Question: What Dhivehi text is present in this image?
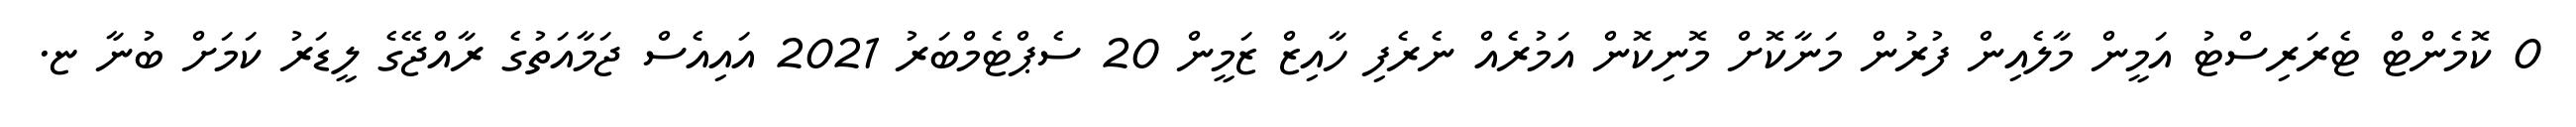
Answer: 0 ކޮމެންޓް ޓެރަރިސްޓު އަމީން މާލެއިން ފުރުން މަނާކޮށް މޮނިކޮން އަމުރެއް ނެރެފި ހާއިޒް ޒަމީން 20 ސެޕްޓެމްބަރު 2021 އައިއެސް ޖަމާއަތުގެ ރާއްޖޭގެ ލީޑަރު ކަމަށް ބުނާ ޏ.